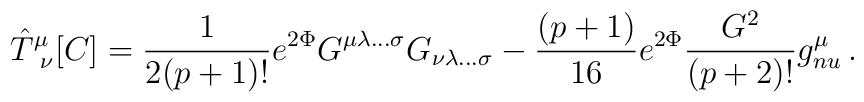
{\hat{T}}^{\mu}_{\ \nu}[C] = {\frac{1}{2(p+1)!}} e^{2\Phi}G^{\mu\lambda\ldots\sigma} G_{\nu\lambda\ldots\sigma}-{\frac{(p+1)}{16}} e^{2\Phi} {\frac{G^{2}}{(p+2)!}} g^{\mu}_{\\nu} \, .